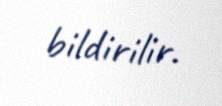
bildirilir.